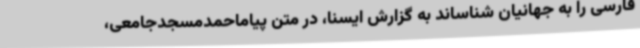
فارسی را به جهانیان شناساند به گزارش ایسنا، در متن پیاماحمدمسجدجامعی،